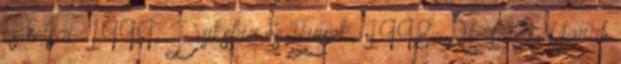
és mtsai, 1999; Dijkstra és Buunk, 1998, 2002; Yarab